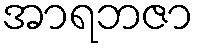
အာရဘဇာ